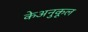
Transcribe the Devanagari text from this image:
केअनुकूल